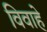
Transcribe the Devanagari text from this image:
विवाहे